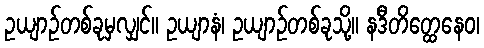
ဥယျာဉ်တစ်ခုမှလျှင်။ ဥယျာနံ၊ ဥယျာဉ်တစ်ခုသို့။ နဒီတိတ္ထေနေဝ၊